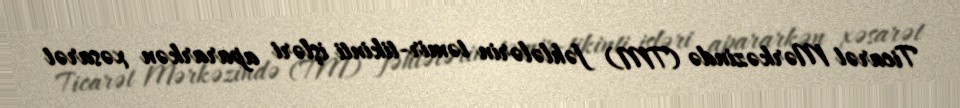
Ticarət Mərkəzində (TM) fəhlələrin təmir-tikinti işləri apararkən xəsarət